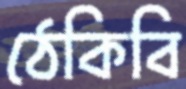
ঠেকিবি